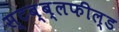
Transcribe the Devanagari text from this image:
स्टब्ब्लफील्ड